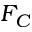
F _ { C }